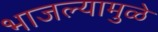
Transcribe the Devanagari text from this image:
भाजल्यामुळे